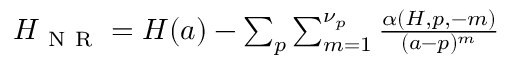
\begin{array} { r } { H _ { \mathrm { ~ N ~ R ~ } } = H ( a ) - \sum _ { p } \sum _ { m = 1 } ^ { \nu _ { p } } \frac { \alpha ( H , p , - m ) } { ( a - p ) ^ { m } } } \end{array}